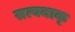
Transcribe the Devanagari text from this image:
सत्यवाक्‌